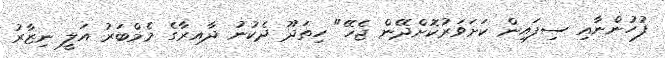
ފުހުންނާއި ސިފައިން ކަށަވަރުކޮށްދޭން ޖެހޭ" ހިތަދޫ ދެކުނު ދާއިރާގެ މެމްބަރު އަލީ ނިޒާރު